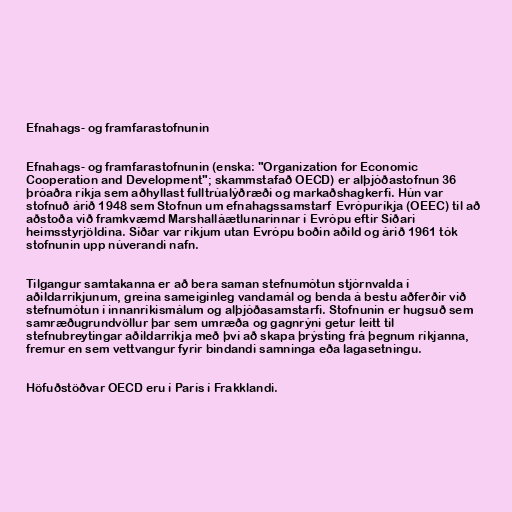
Efnahags- og framfarastofnunin

Efnahags- og framfarastofnunin (enska: "Organization for Economic
Cooperation and Development"; skammstafað OECD) er alþjóðastofnun 36
þróaðra ríkja sem aðhyllast fulltrúalýðræði og markaðshagkerfi. Hún var
stofnuð árið 1948 sem Stofnun um efnahagssamstarf Evrópuríkja (OEEC) til að
aðstoða við framkvæmd Marshalláætlunarinnar í Evrópu eftir Síðari
heimsstyrjöldina. Síðar var ríkjum utan Evrópu boðin aðild og árið 1961 tók
stofnunin upp núverandi nafn.

Tilgangur samtakanna er að bera saman stefnumótun stjórnvalda í
aðildarríkjunum, greina sameiginleg vandamál og benda á bestu aðferðir við
stefnumótun í innanríkismálum og alþjóðasamstarfi. Stofnunin er hugsuð sem
samræðugrundvöllur þar sem umræða og gagnrýni getur leitt til
stefnubreytingar aðildarríkja með því að skapa þrýsting frá þegnum ríkjanna,
fremur en sem vettvangur fyrir bindandi samninga eða lagasetningu.

Höfuðstöðvar OECD eru í París í Frakklandi.